Report on enteric fever
Disease focus: Fever
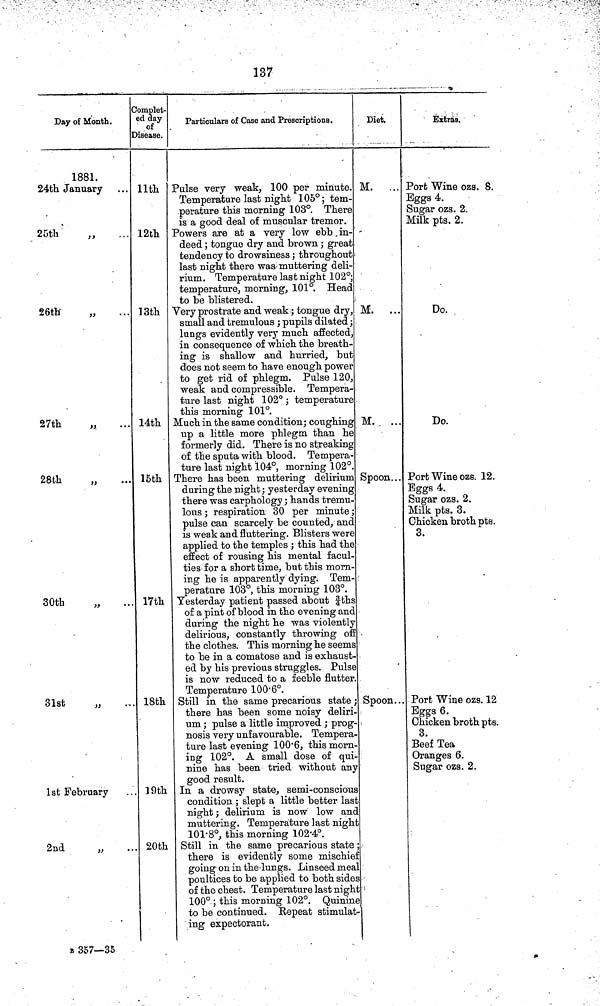
137
Day of Month.
1881.
24th January
,
25th
„
26th
„
27th
28th
„
30th
„
31st
„
1st February
2nd
„
Complet-
ed day
of
Disease.
11th
12th
13th
14th
15th
17th
18th
19th
20th
Particulars of Case and Prescriptions.
Pulse very weak, 100 per minute.
Temperature last night 105°; tem-
perature this morning 103°. There
is a good deal of muscular tremor.
Powers are at a very low ebb, in-
deed ; tongue dry and brown ; great
tendency to drowsiness ; throughout
last night there was muttering deli-
rium . Temperature last night 102°;
temperature, morning, 101°. Head
to be blistered.
Very prostrate and weak ; tongue dry,
small and tremulous ; pupils dilated ;
lungs evidently very much affected,
in consequence of which the breath-
ing is shallow and hurried, but
does not seem to have enough power
to get rid of phlegm. Pulse 120,
weak and compressible. Tempera-
ture last night 102°; temperature
this morning 101°.
Much in the same condition; coughing
up a little more phlegm than he
formerly did. There is no streaking
of the sputa with blood. Tempera-
ture last night 104°, morning 102°.
There has been muttering delirium
during the night; yesterday evening
there was carphology ; hands tremu-
lous ; respiration 30 per minute ;
pulse can scarcely be counted, and
is weak and fluttering. Blisters were
applied to the temples ; this had the
effect of rousing his mental facul-
ties for a short time, but this morn-
ing he is apparently dying. Tem-
perature 103°, this morning 103°.
Yesterday patient passed about ¾ths
of a pint of blood in the evening and
during the night he was violently
delirious, constantly throwing off
the clothes. This morning he seems
to be in a comatose and is exhaust-
ed by his previous struggles. Pulse
is now reduced to a feeble flutter.
Temperature 100·6°.
Still in the same precarious state ;
there has been some noisy deliri-
um ; pulse a little improved ; prog-
nosis very unfavourable. Tempera-
ture last evening 100·6, this morn-
ing 102°. A small dose of qui-
nine has been tried without any
good result.
In a drowsy state, semi-conscious
condition ; slept a little better last
night ; delirium is now low and
muttering. Temperature last nigh
101·8°, this morning 102·4°.
Still in the same precarious state
there is evidently some mischief
going on in the lungs. Linseed meal
poultices to be applied to both sides
of the chest. Temperature last night
100° ; this morning 102°. Quinine
to be continued. Repeat stimulat-
ing expectorant.
Diet.
M.
-
M. ...
M. ...
Spoon...
Spoon...
Extras.
Port Wine ozs. 8.
Eggs 4.
Sugar ozs. 2.
Milk pts. 2.
Do.
Do.
Port Wine ozs. 12.
Eggs 4.
Sugar ozs. 2.
Milk pts. 3.
Chicken broth pts.
3.
Port Wine ozs. 12
Eggs 6.
Chicken broth pts.
3.
Beef Tea
Oranges 6.
Sugar ozs. 2.
B 357—35